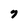
Character: 7